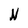
Character: N